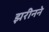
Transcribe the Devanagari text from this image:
झरीनने